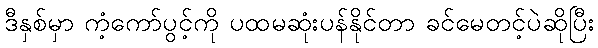
ဒီနှစ်မှာ ကံ့ကော်ပွင့်ကို ပထမဆုံးပန်နိုင်တာ ခင်မေတင့်ပဲဆိုပြီး